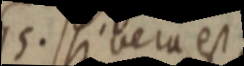
15. si vera est